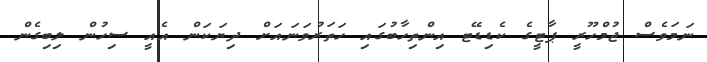
ނަމަވެސް ޖުމްހޫރީ ޕާޓީގެ ކެޑިޑޭޓ އިންތިހާބުގައި ހަތަރުވަނައަށް ދިޔަކަން އެއީ ސިހުން ލިބިގެން